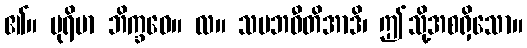
၏။ ပုရိမာ ဘိက္ခဝေ။ လ။ သမဘဝီတိအာဒိ၊ ဤသို့အစရှိသော။